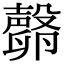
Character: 𣫘